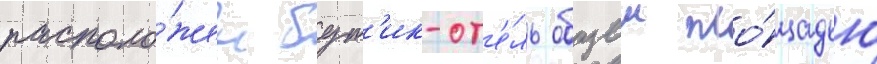
располо́жен бут'ик-от'е́ль общеи пло́щадью